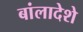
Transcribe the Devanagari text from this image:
बांलादेशे